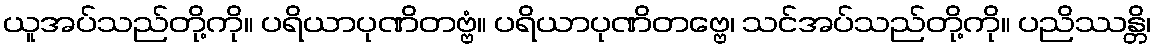
ယူအပ်သည်တို့ကို။ ပရိယာပုဏိတဗ္ဗံ။ ပရိယာပုဏိတဗ္ဗေ၊ သင်အပ်သည်တို့ကို။ ပညိဿန္တိ၊